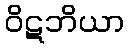
ဝိဋဘိယာ